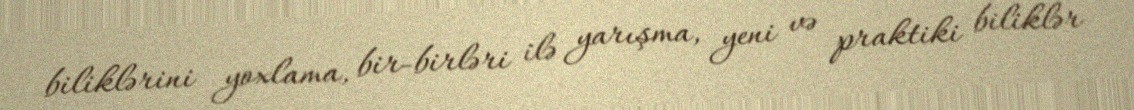
biliklərini yoxlama, bir-birləri ilə yarışma, yeni və praktiki biliklər